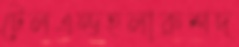
টেলএন্ডহলারুশদ